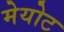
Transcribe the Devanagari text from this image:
मेयोट